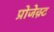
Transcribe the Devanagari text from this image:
प्रोजेक़्ट